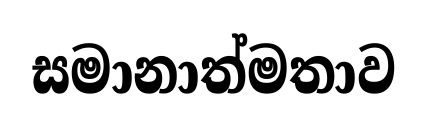
සමානාත්මතාව